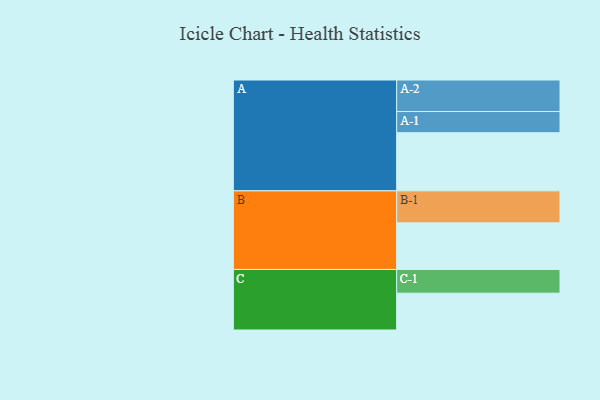
{"axis": {"x": "Segment", "y": "Value"}, "legend": ["", "A", "B", "C"], "data": [{"x": "A", "y": 483, "type": ""}, {"x": "B", "y": 387, "type": ""}, {"x": "C", "y": 306, "type": ""}, {"x": "A-1", "y": 176, "type": "A"}, {"x": "A-2", "y": 262, "type": "A"}, {"x": "B-1", "y": 266, "type": "B"}, {"x": "C-1", "y": 197, "type": "C"}]}